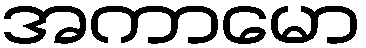
အကာမော